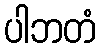
ပါဘတံ